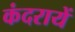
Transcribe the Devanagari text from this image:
कंदरायें